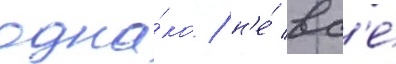
одна́ко / н'е́ вс'е́